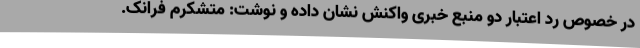
در خصوص رد اعتبار دو منبع خبری واکنش نشان داده و نوشت: متشکرم فرانک.